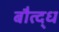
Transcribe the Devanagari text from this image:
बौत्द्ध